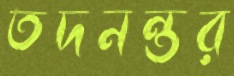
তদনন্তর